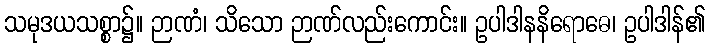
သမုဒယသစ္စာ၌။ ဉာဏံ၊ သိသော ဉာဏ်လည်းကောင်း။ ဥပါဒါနနိရောဓေ၊ ဥပါဒါန်၏